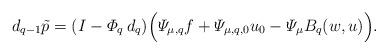
LaTeX: \begin{align*} d_{q-1} \tilde p = (I- \varPhi_q \, d_q) \Big(\varPsi_{\mu,q} f + \varPsi_{\mu,q,0} u_0 - \varPsi_\mu B_q (w,u)\Big). \end{align*}